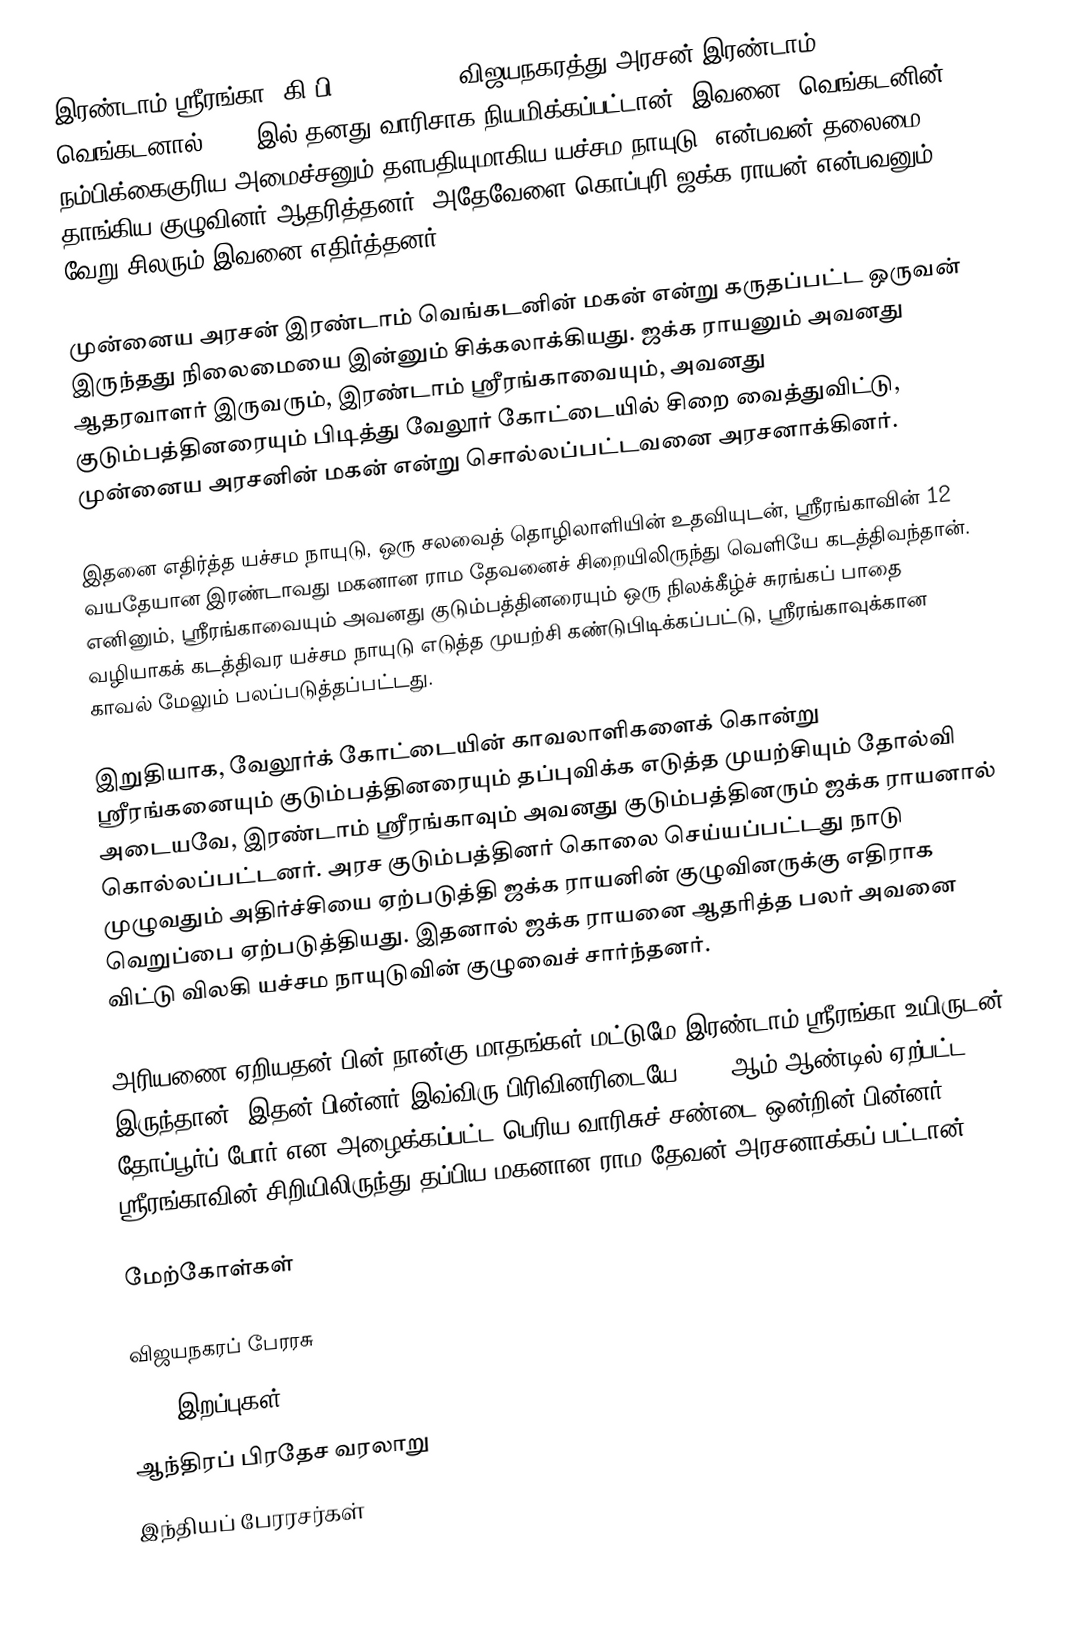
இரண்டாம் ஸ்ரீரங்கா (கி.பி. 1614-1614), விஜயநகரத்து அரசன் இரண்டாம் வெங்கடனால் 1614 இல் தனது வாரிசாக நியமிக்கப்பட்டான். இவனை, வெங்கடனின் நம்பிக்கைகுரிய அமைச்சனும் தளபதியுமாகிய யச்சம நாயுடு] என்பவன் தலைமை தாங்கிய குழுவினர் ஆதரித்தனர். அதேவேளை கொப்புரி ஜக்க ராயன் என்பவனும் வேறு சிலரும் இவனை எதிர்த்தனர்.

முன்னைய அரசன் இரண்டாம் வெங்கடனின் மகன் என்று கருதப்பட்ட ஒருவன் இருந்தது நிலைமையை இன்னும் சிக்கலாக்கியது. ஜக்க ராயனும் அவனது ஆதரவாளர் இருவரும், இரண்டாம் ஸ்ரீரங்காவையும், அவனது குடும்பத்தினரையும் பிடித்து வேலூர் கோட்டையில் சிறை வைத்துவிட்டு, முன்னைய அரசனின் மகன் என்று சொல்லப்பட்டவனை அரசனாக்கினர்.

இதனை எதிர்த்த யச்சம நாயுடு, ஒரு சலவைத் தொழிலாளியின் உதவியுடன், ஸ்ரீரங்காவின் 12 வயதேயான இரண்டாவது மகனான ராம தேவனைச் சிறையிலிருந்து வெளியே கடத்திவந்தான். எனினும், ஸ்ரீரங்காவையும் அவனது குடும்பத்தினரையும் ஒரு நிலக்கீழ்ச் சுரங்கப் பாதை வழியாகக் கடத்திவர யச்சம நாயுடு எடுத்த முயற்சி கண்டுபிடிக்கப்பட்டு, ஸ்ரீரங்காவுக்கான காவல் மேலும் பலப்படுத்தப்பட்டது.

இறுதியாக, வேலூர்க் கோட்டையின் காவலாளிகளைக் கொன்று ஸ்ரீரங்கனையும் குடும்பத்தினரையும் தப்புவிக்க எடுத்த முயற்சியும் தோல்வி அடையவே, இரண்டாம் ஸ்ரீரங்காவும் அவனது குடும்பத்தினரும் ஜக்க ராயனால் கொல்லப்பட்டனர். அரச குடும்பத்தினர் கொலை செய்யப்பட்டது நாடு முழுவதும் அதிர்ச்சியை ஏற்படுத்தி ஜக்க ராயனின் குழுவினருக்கு எதிராக வெறுப்பை ஏற்படுத்தியது. இதனால் ஜக்க ராயனை ஆதரித்த பலர் அவனை விட்டு விலகி யச்சம நாயுடுவின் குழுவைச் சார்ந்தனர்.

அரியணை ஏறியதன் பின் நான்கு மாதங்கள் மட்டுமே இரண்டாம் ஸ்ரீரங்கா உயிருடன் இருந்தான். இதன் பின்னர் இவ்விரு பிரிவினரிடையே 1617 ஆம் ஆண்டில் ஏற்பட்ட தோப்பூர்ப் போர் என அழைக்கப்பட்ட பெரிய வாரிசுச் சண்டை ஒன்றின் பின்னர் ஸ்ரீரங்காவின் சிறியிலிருந்து தப்பிய மகனான ராம தேவன் அரசனாக்கப் பட்டான்.

மேற்கோள்கள்

விஜயநகரப் பேரரசு
1614 இறப்புகள்
ஆந்திரப் பிரதேச வரலாறு
இந்தியப் பேரரசர்கள்